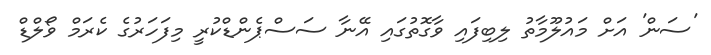
'ސަން' އަށް މައުލޫމާތު ލިބިފައި ވާގޮތުގައި އޭނާ ސަސްޕެންޑްކުރީ މިފަހަރުގެ ކެރަމް ވޯލްޑް